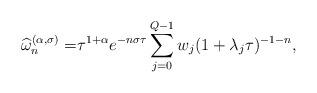
LaTeX: \begin{align*}\begin{aligned}\widehat{\omega}_n^{(\alpha,\sigma)}=&{\tau^{1+\alpha} e^{-n\sigma\tau}} \sum_{j=0}^{Q-1}w_j(1+\lambda_j\tau)^{-1-n},\end{aligned}\end{align*}